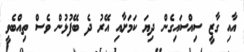
އާއި ގާޒީ ސިއްސައިގެން ދިޔަ ކަމަށާއި އޭރު ދެ ބޭފުޅުން ވެސް ތިއްބެވީ